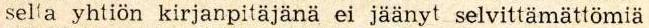
selta yhtiön kirjanpitäjänä ei jäänyt selvittämättömiä